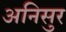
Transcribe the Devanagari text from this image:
अनिसुर